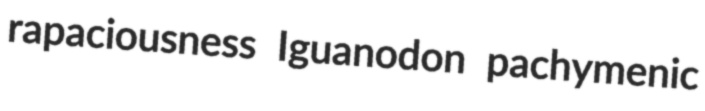
rapaciousness Iguanodon pachymenic